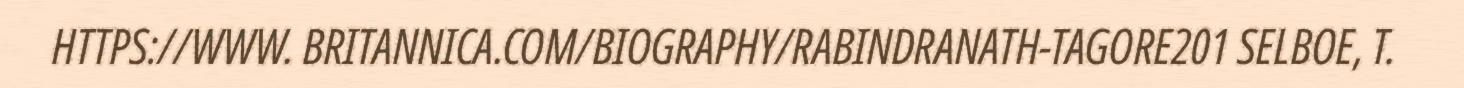
HTTPS://WWW. BRITANNICA.COM/BIOGRAPHY/RABINDRANATH-TAGORE201 SELBOE, T.